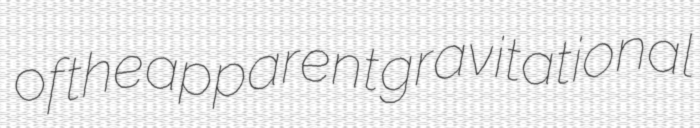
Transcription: of the apparent gravitational